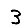
Digit: 3